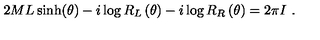
2 M L \sinh ( \theta ) - i \log R _ { L } \left( \theta \right) - i \log R _ { R } \left( \theta \right) = 2 \pi I \ .